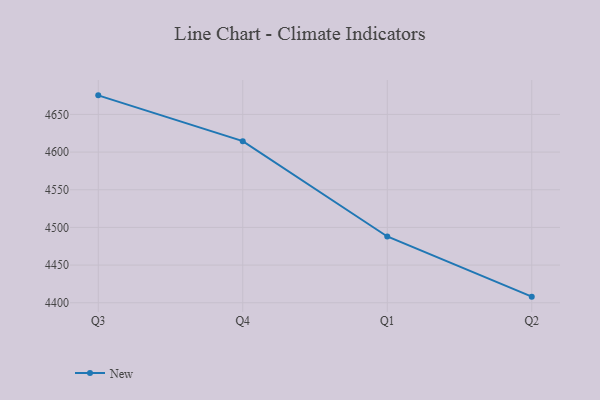
{"axis": {"x": "Quarter", "y": "Headcount"}, "legend": ["New"], "data": [{"x": "Q3", "y": 4675.3, "type": "New"}, {"x": "Q4", "y": 4614.5, "type": "New"}, {"x": "Q1", "y": 4488.0, "type": "New"}, {"x": "Q2", "y": 4408.1, "type": "New"}]}